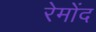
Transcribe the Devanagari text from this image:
रेमोंद